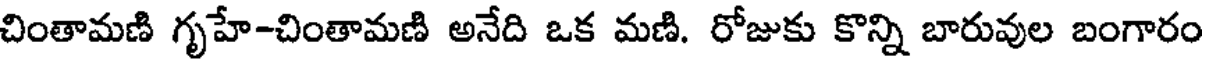
చింతామణి గృహే-చింతామణి అనేది ఒక మణి. రోజుకు కొన్ని బారువుల బంగారం